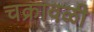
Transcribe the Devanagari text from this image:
चक्रावळी